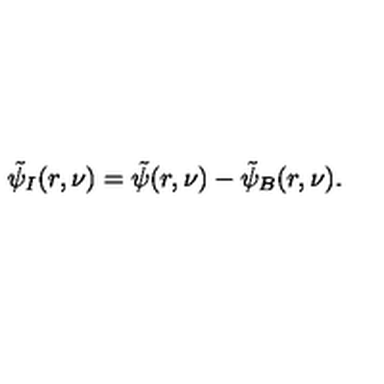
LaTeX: \tilde { \psi } _ { I } ( r , \nu ) = \tilde { \psi } ( r , \nu ) - \tilde { \psi } _ { B } ( r , \nu ) .